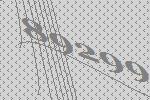
89299